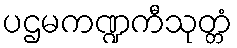
ပဌမကဏ္ဍကီသုတ္တံ